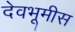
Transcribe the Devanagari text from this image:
देवभूमीस